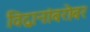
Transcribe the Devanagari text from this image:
विद्वानांबरोबर